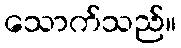
သောက်သည်။